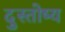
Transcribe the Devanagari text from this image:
दुस्तोष्य